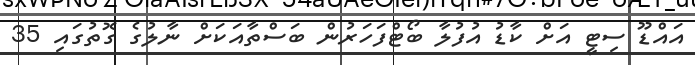
އައްޑޫ ސިޓީ އަށް ކާޑު އުފުލާ ބޯޓްފަހަރުން ބަސްތާއަކަށް ނާލުގެ ގޮތުގައި 35